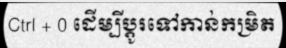
Ctrl + 0 ដើម្បីប្តូរទៅកាន់កម្រិត